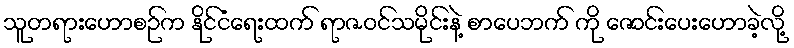
သူတရားဟောစဉ်က နိုင်ငံရေးထက် ရာဇဝင်သမိုင်းနဲ့ စာပေဘက် ကို ဇောင်းပေးဟောခဲ့လို့